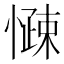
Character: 𱟑